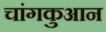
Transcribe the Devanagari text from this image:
चांगकुआन